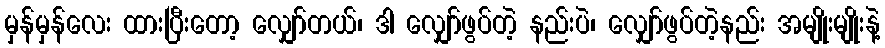
မှန်မှန်လေး ထားပြီးတော့ လျှော်တယ်၊ ဒါ လျှော်ဖွပ်တဲ့ နည်းပဲ၊ လျှော်ဖွပ်တဲ့နည်း အမျိုးမျိုးနဲ့